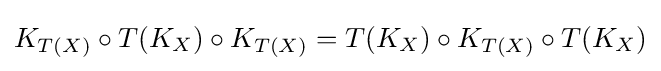
K_{T(X)}\circ T(K_{X})\circ K_{T(X)}=T(K_{X})\circ K_{T(X)}\circ T(K_{X})